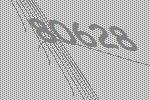
80628